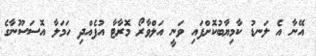
އޭނާ އެ ލަނޑު ކާމިޔާބުކޮށްފައި ވަނީ އަލްވާރޯ މޮރާޓާ އުފެއްދި ހަމަލާ އޮސަސޫނާގެ